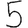
Digit: 5